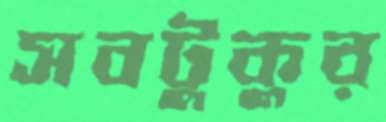
সবটুকুর